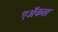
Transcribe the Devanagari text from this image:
एॲकता